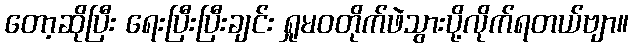
တော့ဆိုပြီး ရေးပြီးပြီးချင်း ရှုမဝတိုက်ဖဲသွားပို့လိုက်ရတယ်ဗျာ။